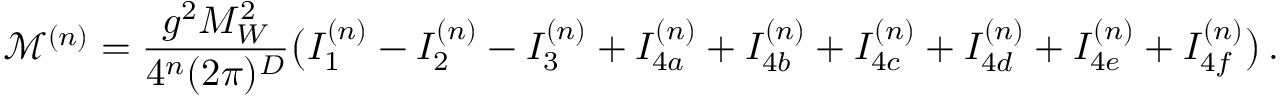
\mathcal { M } ^ { ( n ) } = \frac { g ^ { 2 } M _ { W } ^ { 2 } } { 4 ^ { n } ( 2 \pi ) ^ { D } } \big ( I _ { 1 } ^ { ( n ) } - I _ { 2 } ^ { ( n ) } - I _ { 3 } ^ { ( n ) } + I _ { 4 a } ^ { ( n ) } + I _ { 4 b } ^ { ( n ) } + I _ { 4 c } ^ { ( n ) } + I _ { 4 d } ^ { ( n ) } + I _ { 4 e } ^ { ( n ) } + I _ { 4 f } ^ { ( n ) } \big ) \, .